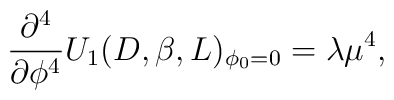
\frac{\partial ^{4}}{\partial \phi ^{4}}U_{1}(D,\beta ,L)_{\phi_{0}=0}=\lambda \mu ^{4},